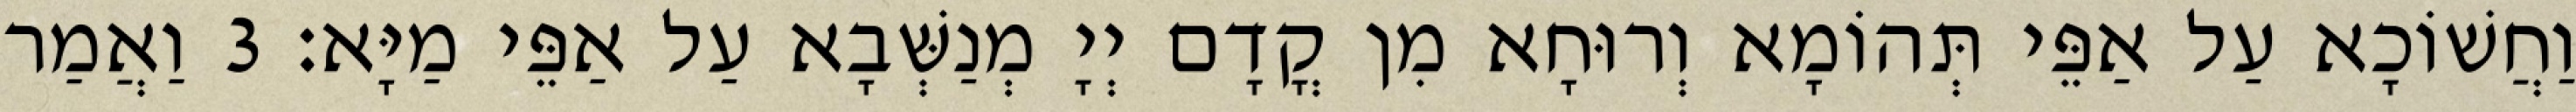
וַחֲשׁוֹכָא עַל אַפֵּי תְּהוֹמָא וְרוּחָא מִן קֳדָם יְיָ מְנַשְּׁבָא עַל אַפֵּי מַיָּא׃ 3 וַאֲמַר